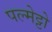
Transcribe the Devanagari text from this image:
पल्मेट्टो